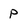
Character: P